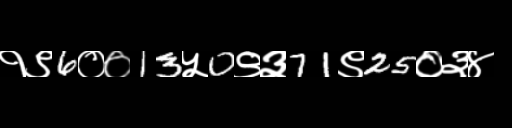
Text: १९6००13५0९३71९25०३४